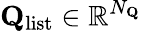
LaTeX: \mathbf{Q}_{\mathrm{list}}\in\mathbb{R}^{N_{\mathbf{Q}}}